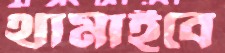
থামাইবে